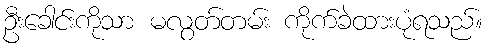
ဦးခေါင်းကိုသာ မလွတ်တမ်း ကိုက်ခဲထားပုံရသည်။